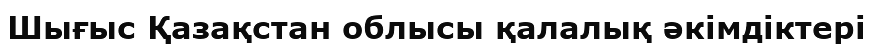
Шығыс Қазақстан облысы қалалық әкімдіктері